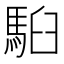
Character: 𩢹